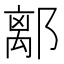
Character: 𨝏